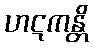
ဟဋကန္တိ